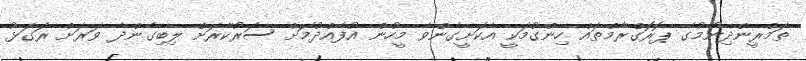
ތަމްރީންދިނުމުގެ ޕޮރޮގްރާމްތައް ހިންގުމަކީ އެކަށީގެންވާ މީހުން އުފެއްދުމަށް ސަރުކާރަށް ލިބިގެންދާ ވަރަށް ރަގަޅު